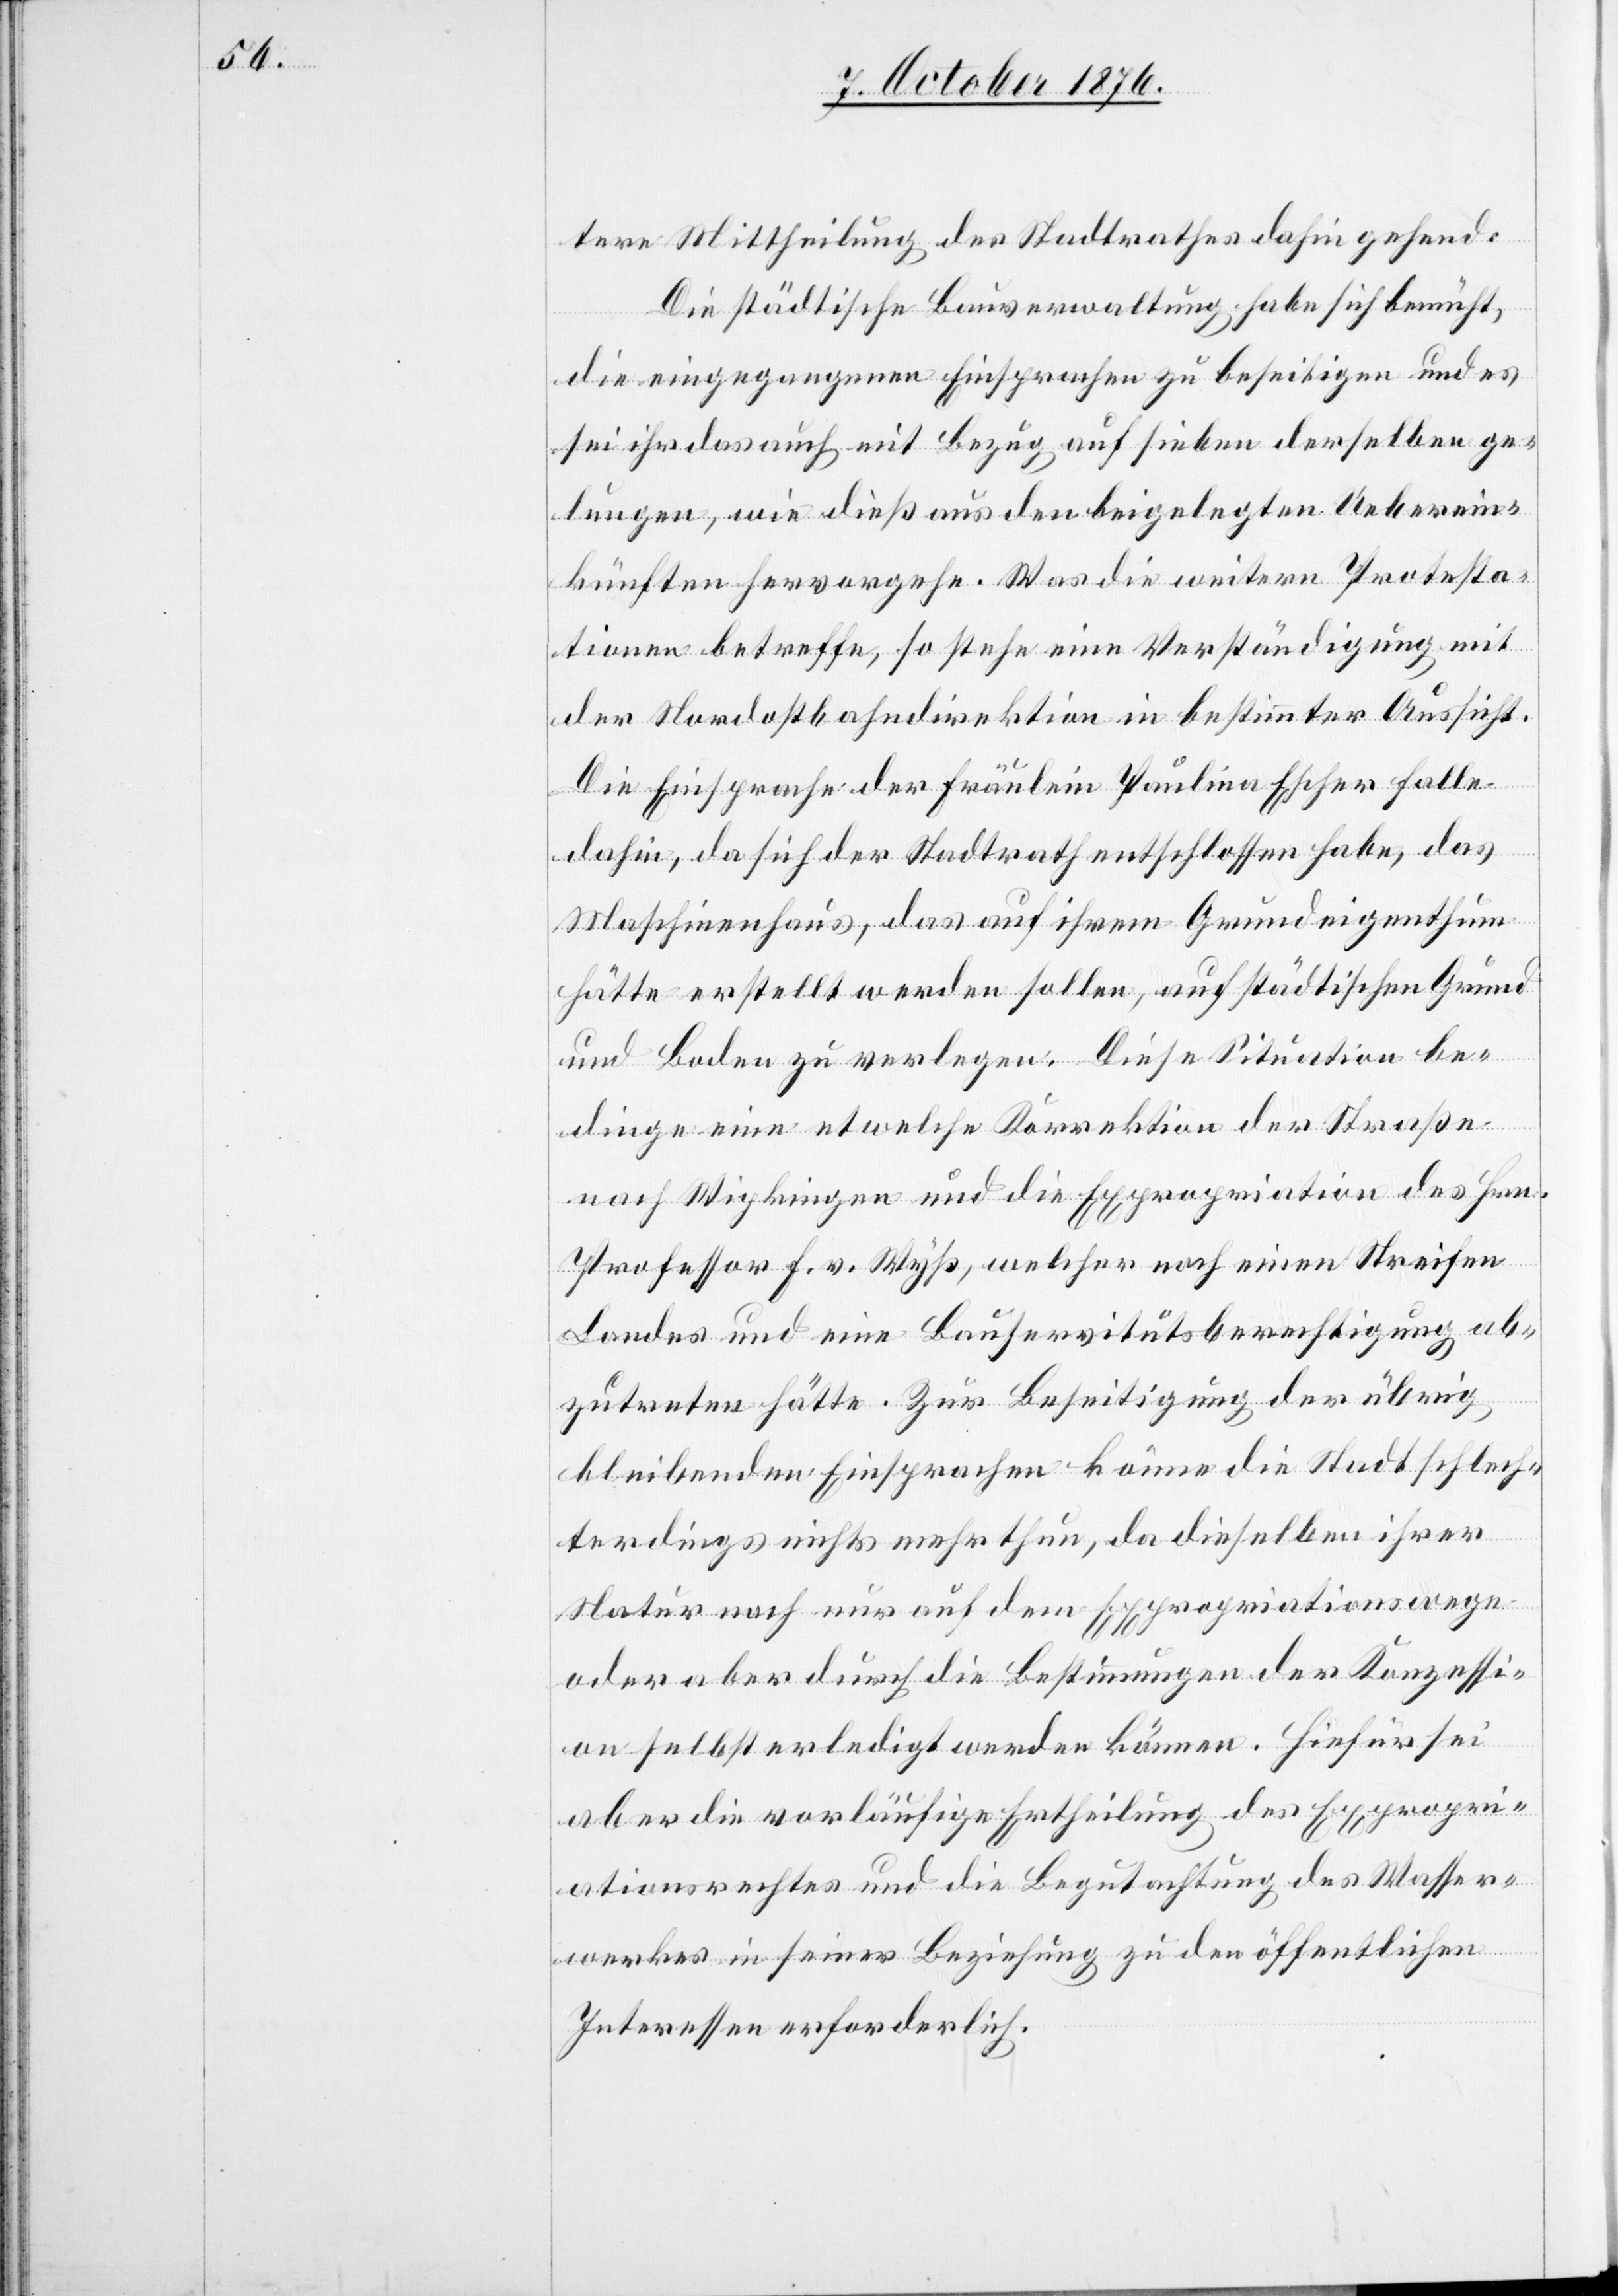
tere Mittheilung des Stadtrathes dahin gehend:
Die städtische Bauverwaltung habe sich bemüht,
die eingegangenen Einsprachen zu beseitigen und es
sei ihr das auch mit Bezug auf sieben derselben ge¬
lungen, wie dieß aus den beigelegten Ueberein¬
künften hervorgehe. Was die weitern Protesta¬
tionen betreffe, so stehe eine Verständigung mit
der Nordostbahndirektion in bestimmter Aussicht.
Die Einsprache der Fräulein Paulina Escher falle
dahin, da sich der Stadtrath entschlossen habe, das
Maschinenhaus, das auf ihrem Grundeigenthum
hätte erstellt werden sollen, auf städtischen Grund
und Boden zu verlegen. Diese Situation be¬
dinge eine etwelche Korrektion der Straße
nach Wipkingen und die Expropriation des Hrn.
Professor f. v. Wyß, welcher noch einen Streifen
Landes und eine Bauservitutsberechtigung ab¬
zutreten hätte. Zur Beseitigung der übrig
bleibenden Einsprachen könne die Stadt schlech¬
terdings nichts mehr thun, da dieselben ihrer
Natur nach nur auf dem Expropriationswege
oder aber durch die Bestimmungen der Konzessi¬
on selbst erledigt werden können. Hiefür sei
aber die vorläufige Ertheilung des Expropri¬
ationsrechtes und die Begutachtung des Wasser¬
werkes in seiner Beziehung zu den öffentlichen
Interessen erforderlich.